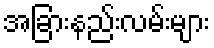
အခြားနည်းလမ်းများ